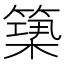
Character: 𥲒